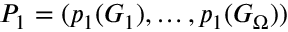
P _ { 1 } = ( p _ { 1 } ( G _ { 1 } ) , \dots , p _ { 1 } ( G _ { \Omega } ) )